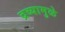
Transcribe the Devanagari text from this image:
द्रव्यामुळे